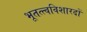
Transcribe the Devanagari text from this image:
भूतत्त्वविशारदों